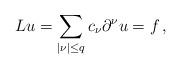
LaTeX: \begin{align*} Lu=\sum_{|\nu|\le q}c_\nu\partial^\nu u=f\,,\end{align*}